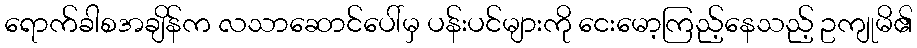
ရောက်ခါစအချိန်က လသာဆောင်ပေါ်မှ ပန်းပင်များကို ငေးမော့ကြည့်နေသည့် ဥကျုမိ၏